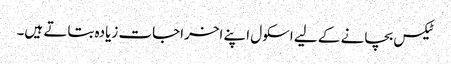
ٹیکس بچانے کے لیے اسکول اپنے اخراجات زیادہ بتاتے ہیں۔